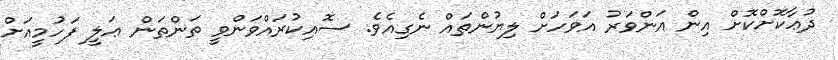
ދުޢާކޮށްކޮށް އިން އަންވަރު އަވަހަށް ލިޔުންތައް ނެގިއެވެ. ސޮއިކުރައްވަންވީ ތަންތަން ޢަލީ ފަހުމީއަށް